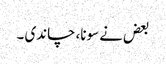
بعض نے سونا، چاندی ۔